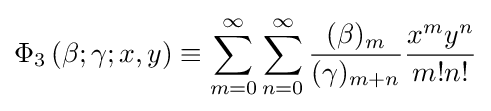
\Phi _{3}\left(\beta ;\gamma ;x,y\right)\equiv \sum _{m=0}^{\infty }\sum _{n=0}^{\infty }{\frac {(\beta )_{m}}{(\gamma )_{m+n}}}{\frac {x^{m}y^{n}}{m!n!}}